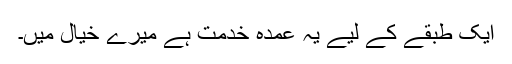
ایک طبقے کے لیے یہ عمدہ خدمت ہے میرے خیال میں۔